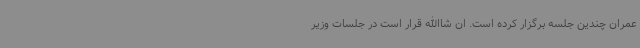
عمران چندین جلسه برگزار کرده است. ان شاالله قرار است در جلسات وزیر